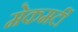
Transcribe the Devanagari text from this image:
मेकमर्टी